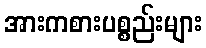
အားကစားပစ္စည်းများ